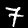
Label: 7